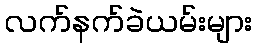
လက်နက်ခဲယမ်းများ